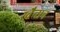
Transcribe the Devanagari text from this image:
स्वैन्सन